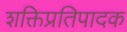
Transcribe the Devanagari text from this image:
शक्तिप्रतिपादक